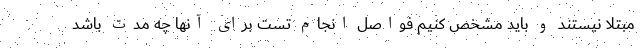
مبتلا نیستند و باید مشخص کنیم فواصل انجام تست برای آنها چه مدت باشد